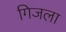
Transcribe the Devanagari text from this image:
गिजला